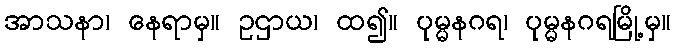
အာသနာ၊ နေရာမှ။ ဥဌာယ၊ ထ၍။ ပုမ္မနဂရ၊ ပုမ္မနဂရမြို့မှ။